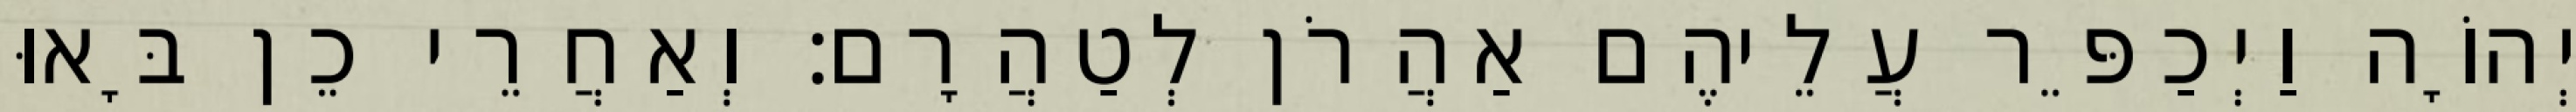
יְהוָֹה וַיְכַפֵּר עֲלֵיהֶם אַהֲרֹן לְטַהֲרָם׃ וְאַחֲרֵי כֵן בָּאוּ